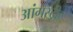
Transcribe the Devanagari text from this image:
आंगस्ट्रीट